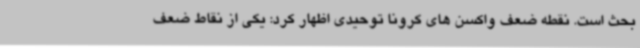
بحث است. نقطه ضعف واکسن های کرونا توحیدی اظهار کرد: یکی از نقاط ضعف